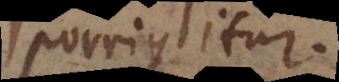
porrigitur.